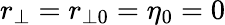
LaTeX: r_{\bot}=r_{\bot 0}=\eta_{0}=0